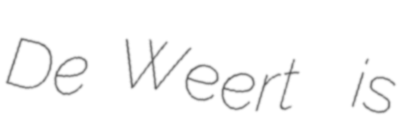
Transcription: De Weert  is